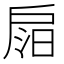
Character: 𢩎